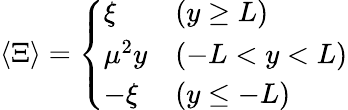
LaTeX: \langle\Xi\rangle=\left\{ \begin{array}{ll}{{\xi}}&{{(y\geq L)}}\\ {{\mu^{2}y}}&{{(-L<y<L)}}\\ {{-\xi}}&{{(y\leq-L)}}\end{array}\right.